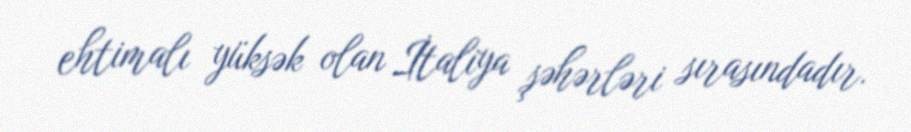
ehtimalı yüksək olan İtaliya şəhərləri sırasındadır.